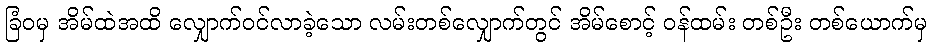
ခြံဝမှ အိမ်ထဲအထိ လျှောက်ဝင်လာခဲ့သော လမ်းတစ်လျှောက်တွင် အိမ်စောင့် ဝန်ထမ်း တစ်ဦး တစ်ယောက်မှ